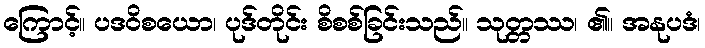
ကြောင့်။ ပဒဝိစယော၊ ပုဒ်တိုင်း စိစစ်ခြင်းသည်။ သုတ္တဿ၊ ၏။ အနုပဒံ၊